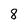
Character: 8